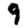
Digit: 9